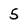
Character: 5